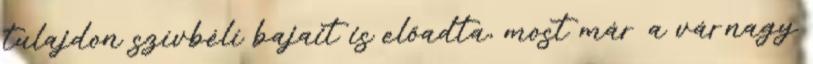
tulajdon szívbélí bajait is előadta, most már a várnagy